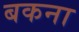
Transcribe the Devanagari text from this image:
बकना